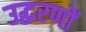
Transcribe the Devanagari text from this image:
उद्घरणों